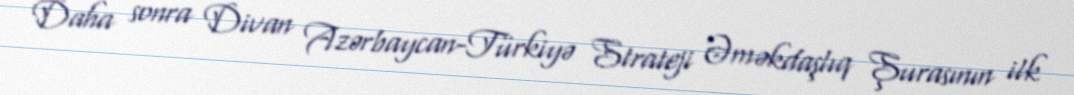
Daha sonra Divan Azərbaycan-Türkiyə Strateji Əməkdaşlıq Şurasının ilk